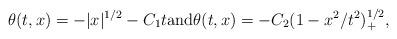
LaTeX: \begin{align*}\theta(t,x) = - |x|^{1/2} - C_1 t \mbox{and} \theta(t,x) = - C_2 (1 - x^2/t^2)_{+}^{1/2},\end{align*}